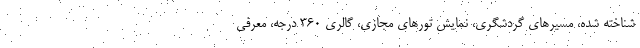
شناخته شده، مسیرهای گردشگری، نمایش تورهای مجازی، گالری 360 درجه، معرفی